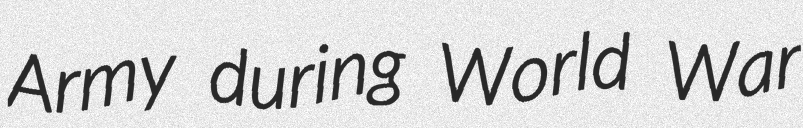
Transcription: Army during World War